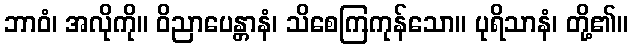
ဘာဝံ၊ အလိုကို။ ဝိညာပေန္တာနံ၊ သိစေကြကုန်သော။ ပုရိသာနံ၊ တို့၏။